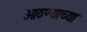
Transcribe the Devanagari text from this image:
ओठण्याच्या